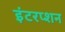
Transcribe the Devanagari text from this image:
इंटरप्शन